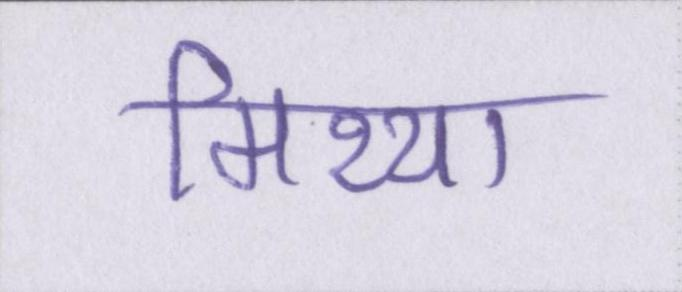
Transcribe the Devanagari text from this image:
मिथ्या